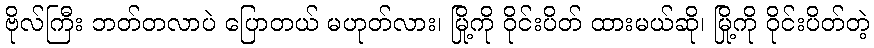
ဗိုလ်ကြီး ဘတ်တလာပဲ ပြောတယ် မဟုတ်လား၊ မြို့ကို ဝိုင်းပိတ် ထားမယ်ဆို၊ မြို့ကို ဝိုင်းပိတ်တဲ့